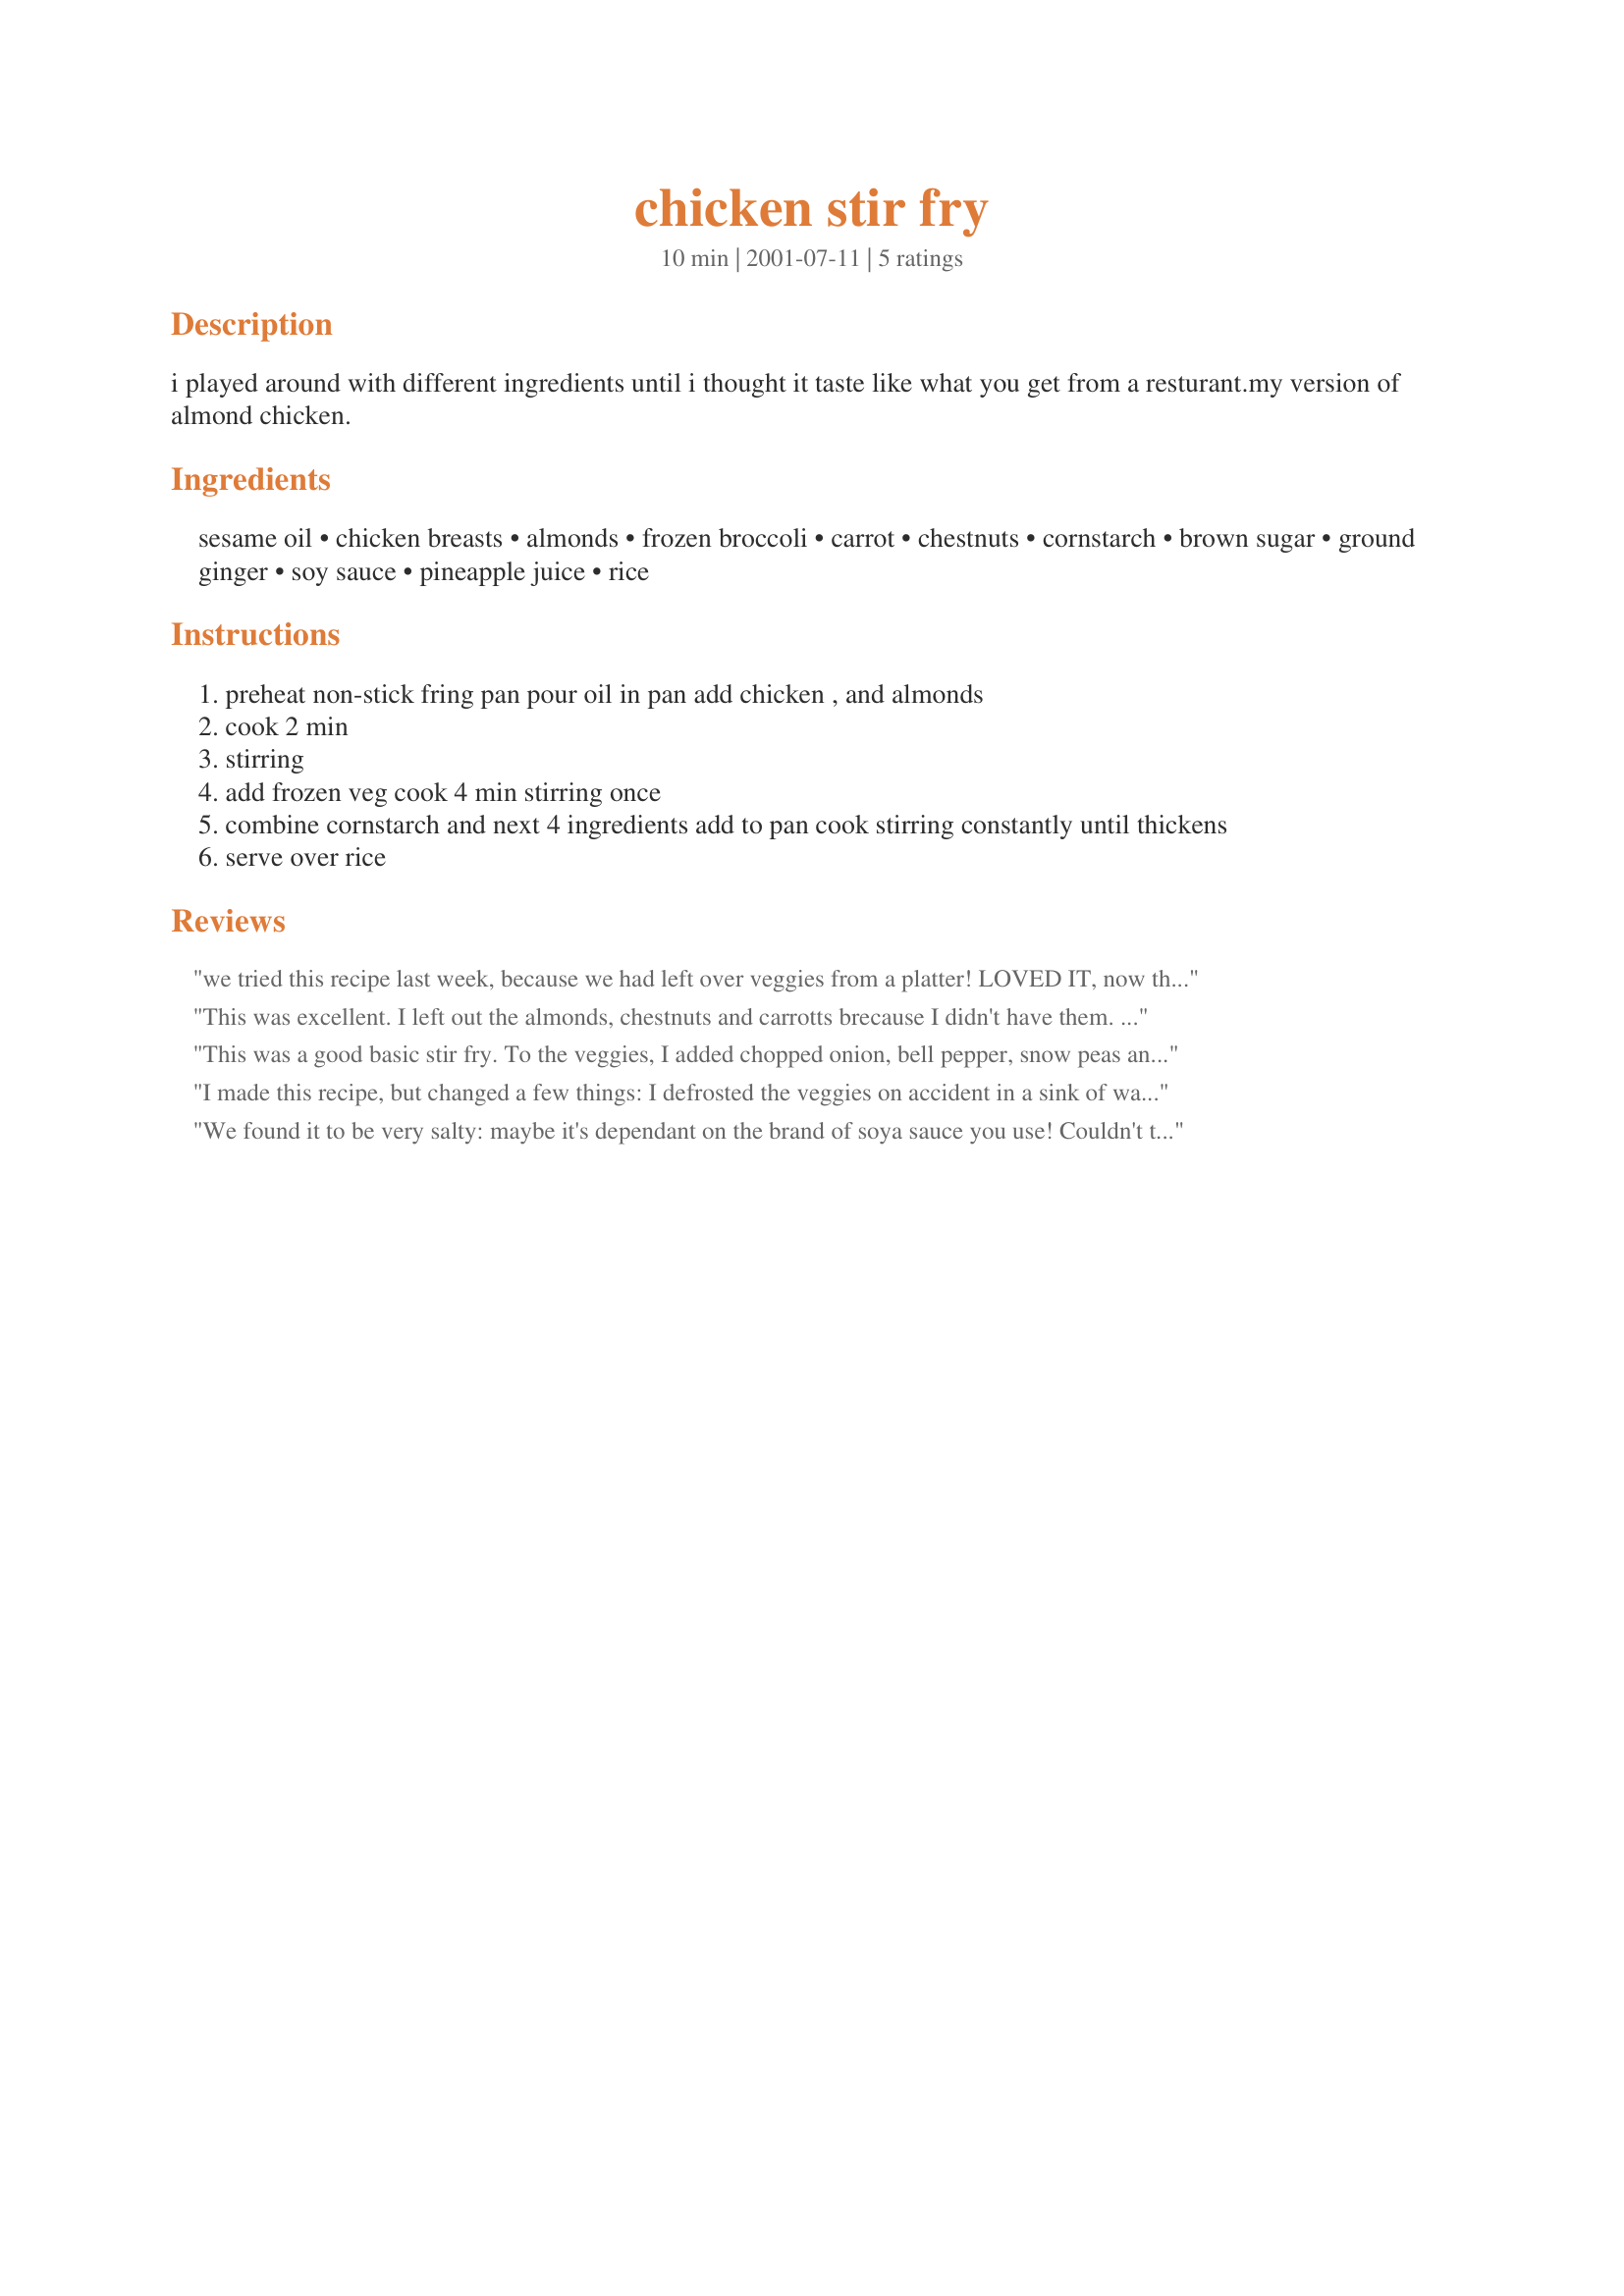
chicken stir fry
Preparation time: 10 minutes

i played around with different ingredients until i thought it taste like what you get from a resturant.my version of almond chicken.

Ingredients:
sesame oil, chicken breasts, almonds, frozen broccoli, carrot, chestnuts, cornstarch, brown sugar, ground ginger, soy sauce, pineapple juice, rice

Steps:
preheat non-stick fring pan pour oil in pan add chicken , and almonds
cook 2 min
stirring
add frozen veg cook 4 min stirring once
combine cornstarch and next 4 ingredients add to pan cook stirring constantly until thickens
serve over rice

Reviews:
we tried this recipe last week, because we had left over veggies from a platter! LOVED IT, now this is our go-to stir fry sauce, pretty much the best teriyaki substitute if you are out of the sauce. We will definitely make again and again. This week when we had it we were out of sesame oil, so we used vegetable and it was still fantastic.
This was excellent. I left out the almonds, chestnuts and carrotts brecause I didn't have them. The sauce was outstanding. There were no leftovers. My husband said it was as good as a restaurants.
This was a good basic stir fry. To the veggies, I added chopped onion, bell pepper, snow peas and mushrooms. I bought slivered almonds and toasted them before adding them lastly to the veggies. I was apprehensive about adding 1/2 cp.of soy sauce, but lo and behold, it wasn't too salty. All and all this turned out just great.. best of all, my hubby loved it!!
I made this recipe, but changed a few things: I defrosted the veggies on accident in a sink of warm water, and I added minced garlic in the sesame oil when it was heating up. I doubled the sauce as well. While the sauce was cooking with the chicken, I added a few liberal dashes of onion powder and garlic powder, and we had ourselves a pretty good meal! :)

(And the leftovers re-heat very nicely, too.)
We found it to be very salty: maybe it's dependant on the brand of soya sauce you use! Couldn't taste the pineapple at all. It was edible, but nothing special.
